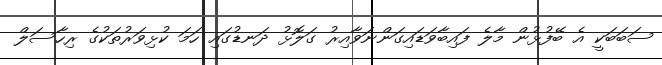
ސަބަބަކީ އެ ބޭފުޅުން މާލެ ފައިބާވަަޑައިގަންނަވާއިރު ގަލޮޅު ދަނޑުގައި ހަމަ ކުޅިވަރުތަކުގެ ރިހާސަލް